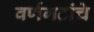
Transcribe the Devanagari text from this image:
वर्णगटांचे